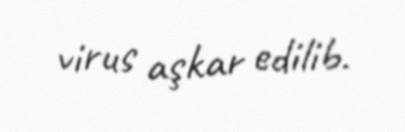
virus aşkar edilib.